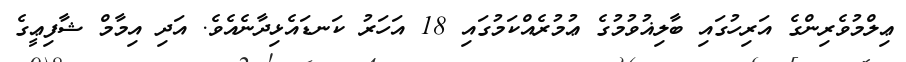
ޢިލްމުވެރިންގެ އަރިހުގައި ބާލިޣުވުމުގެ ޢުމުރެއްކަމުގައި 18 އަހަރު ކަނޑައެޅިދާނެއެވެ. އަދި އިމާމް ޝާފިޢީގެ